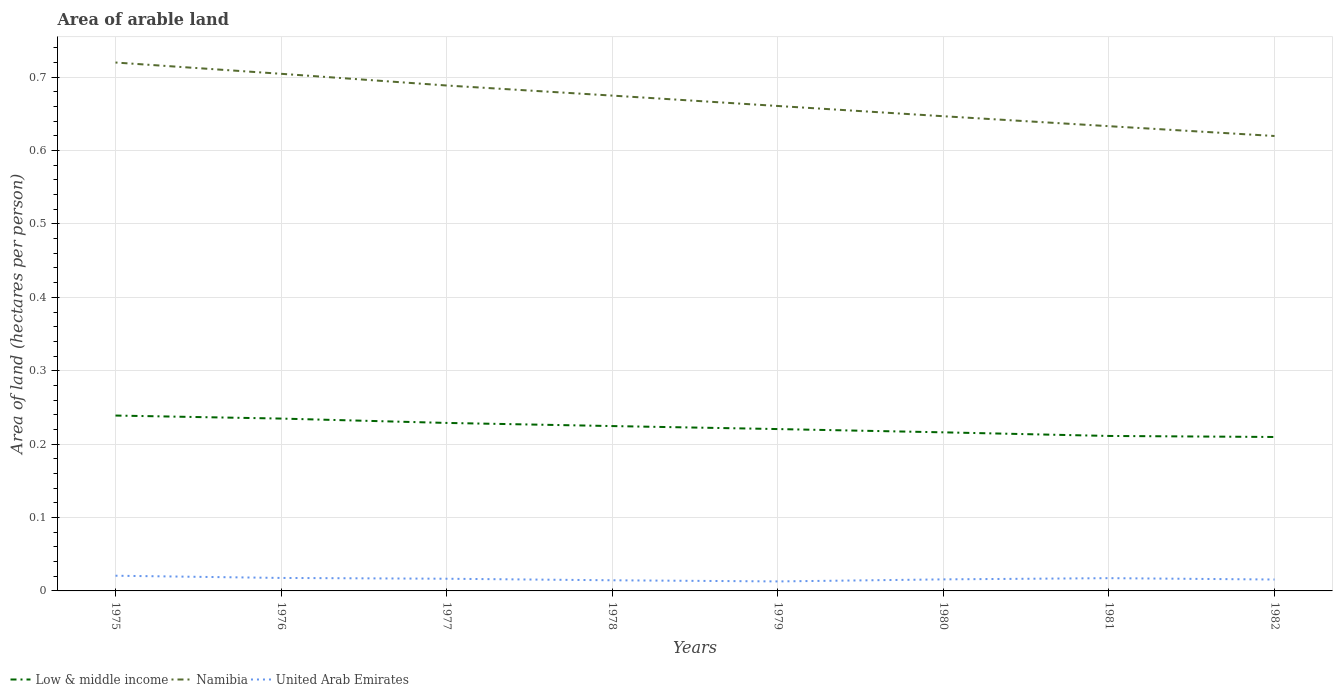
| Years | Low & middle income | Namibia | United Arab Emirates |
 | --- | --- | --- | --- |
 | 1975 | 0.239 | 0.72 | 0.0207 |
 | 1976 | 0.235 | 0.705 | 0.0177 |
 | 1977 | 0.229 | 0.689 | 0.0166 |
 | 1978 | 0.225 | 0.675 | 0.0145 |
 | 1979 | 0.221 | 0.661 | 0.0129 |
 | 1980 | 0.216 | 0.647 | 0.0157 |
 | 1981 | 0.211 | 0.633 | 0.0174 |
 | 1982 | 0.21 | 0.62 | 0.0155 |